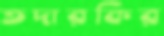
তদারকির